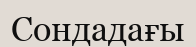
Сондадағы